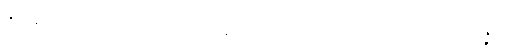
ဇနာနာဒီဟိ၊ ဖြစ်စေခြင်း အစရှိကုန်သော။ ကာရဏေဟိ၊ တို့ကြောင့်။ ပုထုဇ္ဇနော၊